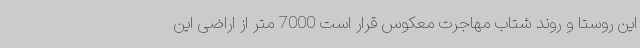
این روستا و روند شتاب مهاجرت معکوس قرار است 7000 متر از اراضی این